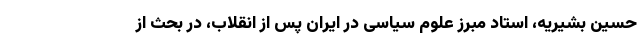
حسین بشیریه، استاد مبرز علوم سیاسی در ایران پس از انقلاب، در بحث از